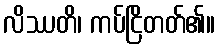
လိဿတိ၊ ကပ်ငြိတတ်၏။